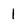
Character: 1